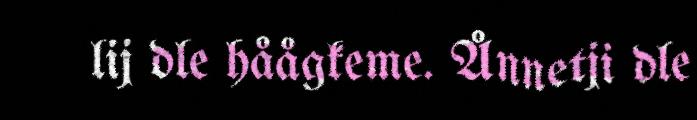
lij dle håågkeme. Ånnetji dle